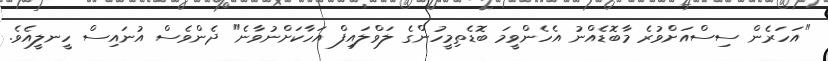
"އަހަރެން ސިސްއަށްވުރެ މާބޮޑެއްނު އެހެންވީމަ ބޮޑެތިމީހުންގެ ލަވްލައިފް އަހާކަށްނުވާނެ" ދެންވެސް އުނައިސް ހީނލީއެވެ.